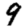
Digit: 9